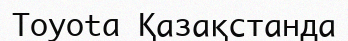
Toyota Қазақстанда